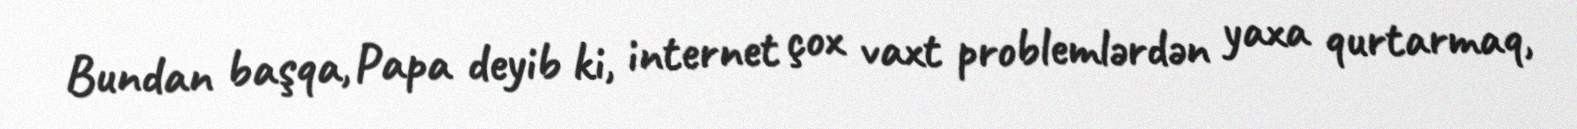
Bundan başqa, Papa deyib ki, internet çox vaxt problemlərdən yaxa qurtarmaq,